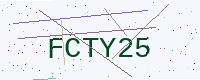
Text: FCTY25